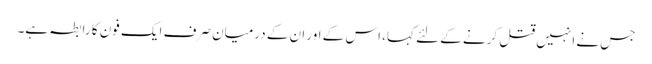
جس نے انہیں قتل کرنے کے لئے کہا، اس کے اور ان کے درمیان صرف ایک فون کا رابطہ ہے۔